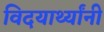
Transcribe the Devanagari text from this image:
विदयार्थ्‍यांनी